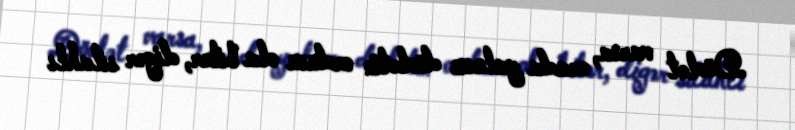
Dövlət varsa, orada yalnız dövlətin ordusu ola bilər, digər silahlı